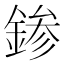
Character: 𨨕